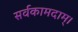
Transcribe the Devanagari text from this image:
सर्वकामदाम्‌।